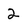
Character: 2